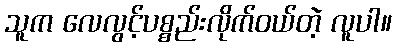
သူက လေလွင့်ပစ္စည်းလိုက်ဝယ်တဲ့ လူပါ။